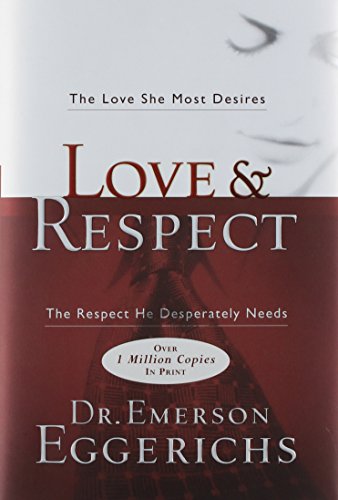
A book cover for Love & Respect: The Love She Most Desires; The Respect He Desperately Needs; Emerson Eggerichs; Parenting & Relationships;